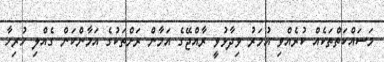
މަަސައްކަތްތަކެއް ކުރެއްވި އުމަރު ވިދާޅުވީ ރާއްޖޭގެ އަމާން ރަށްތަކުގެ އަމާންކަން ގެއްލި ހުރިހާ